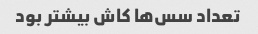
تعداد سس‌ها کاش بیشتر بود